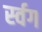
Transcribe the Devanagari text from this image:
र्स्वग